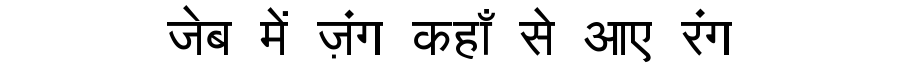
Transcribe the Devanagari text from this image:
जेब में ज़ंग कहाँ से आए रंग